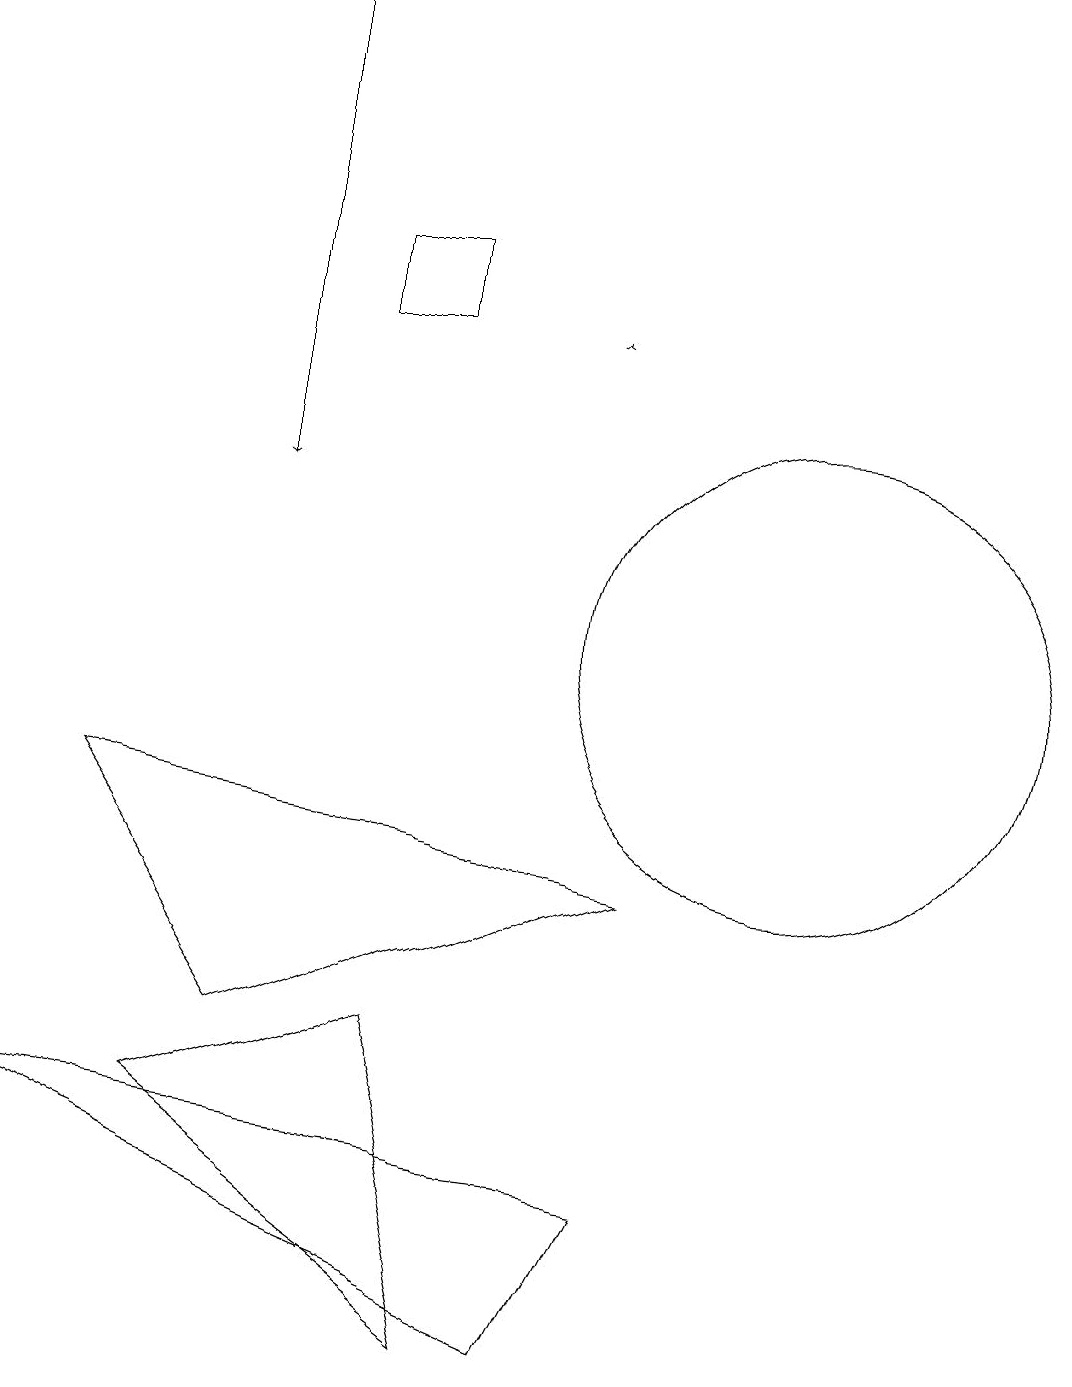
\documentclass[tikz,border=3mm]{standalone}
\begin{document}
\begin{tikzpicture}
\draw (6,2) -- (5,6) -- (2,5) -- cycle;
\draw[->] (7,15) -- (7,15);
\draw (0,5) -- (7,2) -- (8,4) -- cycle;
\draw (5,16) rectangle (4,15);
\draw (10,11) circle (3);
\draw[->] (3,19) -- (3,13);
\draw (6,11) rectangle (6,11);
\draw (1,9) -- (3,6) -- (8,8) -- cycle;
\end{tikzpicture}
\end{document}